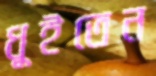
ধুইতেন